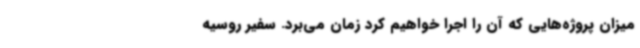
میزان پروژه‌هایی که آن را اجرا خواهیم کرد زمان می‌برد. سفیر روسیه